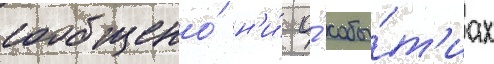
сообщено́ н'и́ о́ собы́т'иах